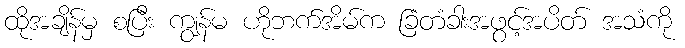
ထိုအချိန်မှ စပြီး ကျွန်မ ဟိုဘက်အိမ်က ခြံတံခါးအဖွင့်အပိတ် အသံကို